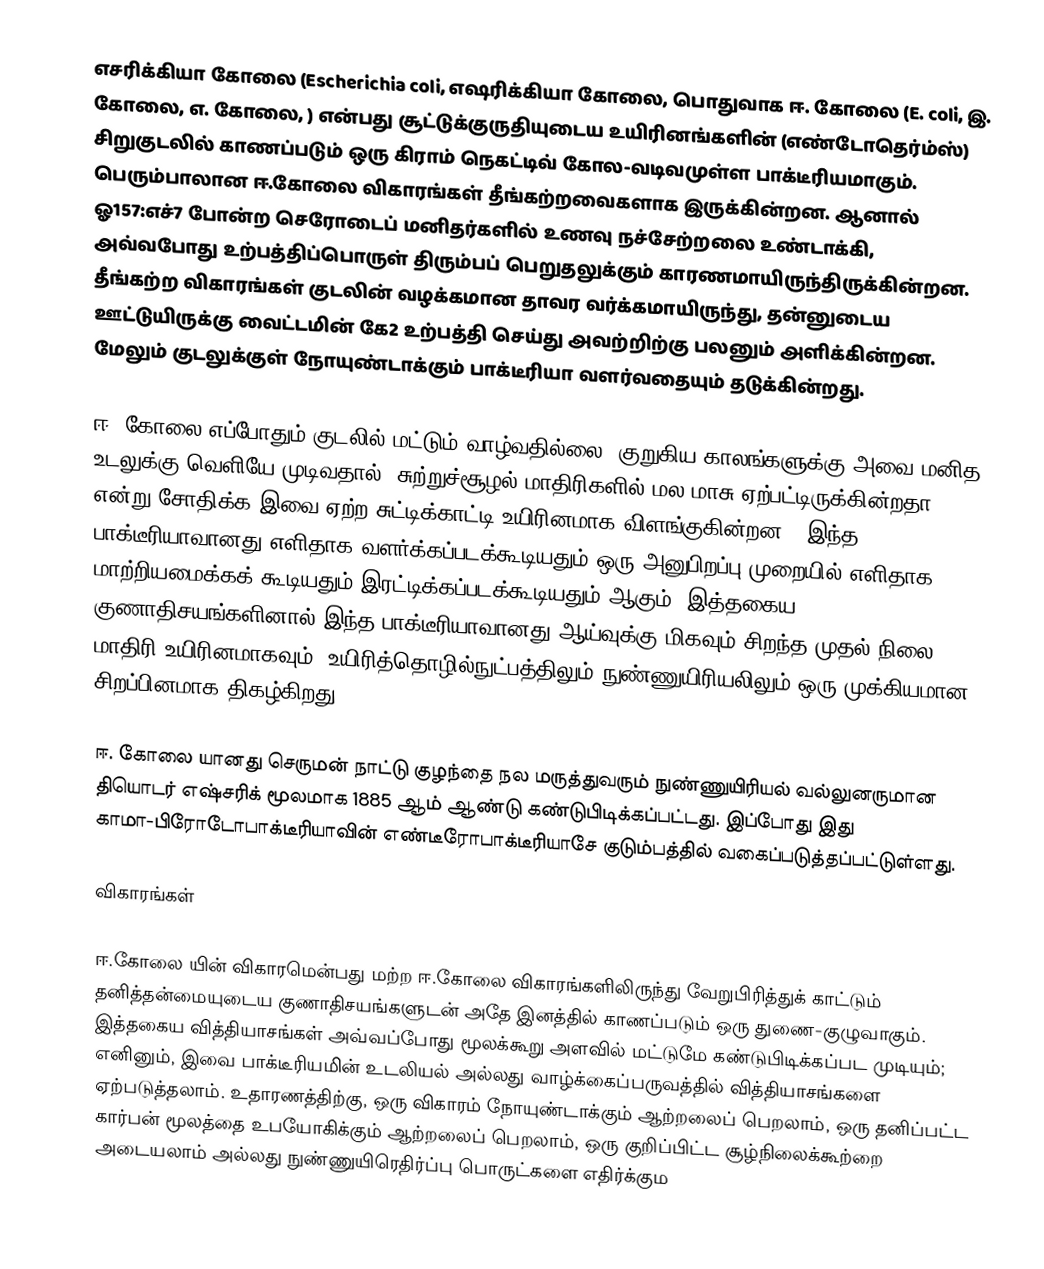
எசரிக்கியா கோலை (Escherichia coli, எஷரிக்கியா கோலை, பொதுவாக ஈ. கோலை (E. coli, இ. கோலை, எ. கோலை, ) என்பது சூட்டுக்குருதியுடைய உயிரினங்களின் (எண்டோதெர்ம்ஸ்) சிறுகுடலில் காணப்படும் ஒரு கிராம் நெகட்டிவ் கோல-வடிவமுள்ள பாக்டீரியமாகும். பெரும்பாலான ஈ.கோலை விகாரங்கள் தீங்கற்றவைகளாக இருக்கின்றன. ஆனால் ஓ157:எச்7 போன்ற செரோடைப் மனிதர்களில் உணவு நச்சேற்றலை உண்டாக்கி, அவ்வபோது உற்பத்திப்பொருள் திரும்பப் பெறுதலுக்கும் காரணமாயிருந்திருக்கின்றன. தீங்கற்ற விகாரங்கள் குடலின் வழக்கமான தாவர வர்க்கமாயிருந்து, தன்னுடைய ஊட்டுயிருக்கு வைட்டமின் கே2 உற்பத்தி செய்து அவற்றிற்கு பலனும் அளிக்கின்றன. மேலும் குடலுக்குள் நோயுண்டாக்கும் பாக்டீரியா வளர்வதையும் தடுக்கின்றது.

ஈ. கோலை  எப்போதும் குடலில் மட்டும் வாழ்வதில்லை. குறுகிய காலங்களுக்கு அவை மனித உடலுக்கு வெளியே முடிவதால், சுற்றுச்சூழல் மாதிரிகளில் மல மாசு ஏற்பட்டிருக்கின்றதா என்று சோதிக்க இவை ஏற்ற சுட்டிக்காட்டி உயிரினமாக விளங்குகின்றன.. இந்த பாக்டீரியாவானது எளிதாக வளர்க்கப்படக்கூடியதும் ஒரு அனுபிறப்பு முறையில் எளிதாக மாற்றியமைக்கக் கூடியதும் இரட்டிக்கப்படக்கூடியதும் ஆகும். இத்தகைய குணாதிசயங்களினால் இந்த பாக்டீரியாவானது ஆய்வுக்கு மிகவும் சிறந்த முதல் நிலை மாதிரி உயிரினமாகவும், உயிரித்தொழில்நுட்பத்திலும் நுண்ணுயிரியலிலும் ஒரு முக்கியமான சிறப்பினமாக திகழ்கிறது.

ஈ. கோலை யானது செருமன் நாட்டு குழந்தை நல மருத்துவரும் நுண்ணுயிரியல் வல்லுனருமான தியொடர் எஷ்சரிக் மூலமாக 1885 ஆம் ஆண்டு கண்டுபிடிக்கப்பட்டது. இப்போது இது காமா-பிரோடோபாக்டீரியாவின் எண்டீரோபாக்டீரியாசே குடும்பத்தில் வகைப்படுத்தப்பட்டுள்ளது.

விகாரங்கள்

ஈ.கோலை யின் விகாரமென்பது மற்ற ஈ.கோலை  விகாரங்களிலிருந்து வேறுபிரித்துக் காட்டும் தனித்தன்மையுடைய குணாதிசயங்களுடன் அதே இனத்தில் காணப்படும் ஒரு துணை-குழுவாகும். இத்தகைய வித்தியாசங்கள் அவ்வப்போது மூலக்கூறு அளவில் மட்டுமே கண்டுபிடிக்கப்பட முடியும்; எனினும், இவை பாக்டீரியமின் உடலியல் அல்லது வாழ்க்கைப்பருவத்தில் வித்தியாசங்களை ஏற்படுத்தலாம். உதாரணத்திற்கு, ஒரு விகாரம் நோயுண்டாக்கும் ஆற்றலைப் பெறலாம், ஒரு தனிப்பட்ட கார்பன் மூலத்தை உபயோகிக்கும் ஆற்றலைப் பெறலாம், ஒரு குறிப்பிட்ட சூழ்நிலைக்கூற்றை அடையலாம் அல்லது நுண்ணுயிரெதிர்ப்பு பொருட்களை எதிர்க்கும